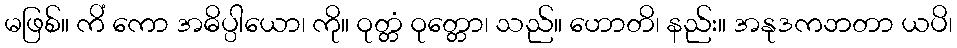
မဖြစ်။ ကိံ ကော အဓိပ္ပါယော၊ ကို။ ဝုတ္တံ ဝုတ္တော၊ သည်။ ဟောတိ၊ နည်း။ အနုဒကဘတာ ယပိ၊